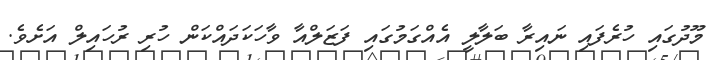
މޫދުގައި ހުރެފައި ނައިރާ ބަލާލީ އެއްގަމުގައި ފަޒަލްއާ ވާހަކަދައްކަން ހުރި ރުހައިލް އަށެވެ.